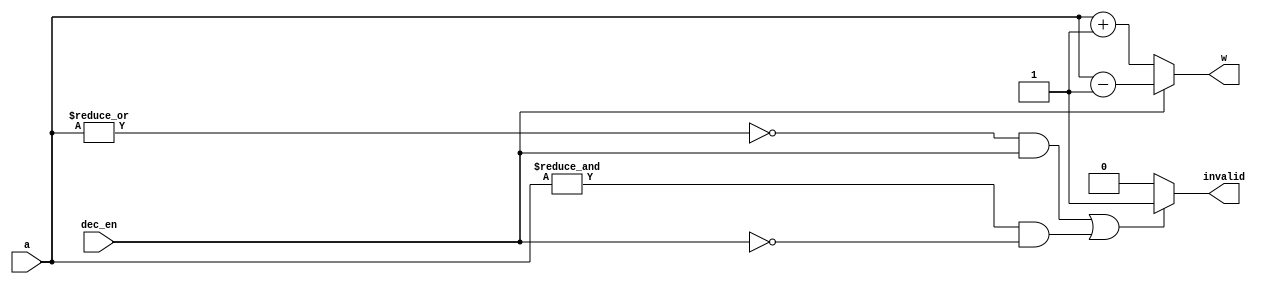
module IncrementerDecrementer(a, dec_en, w, invalid);
    parameter N = 4;
    input [N - 1:0] a;
    input dec_en;
    output reg [N - 1:0] w;

    output reg invalid;
    always @(a, dec_en) begin
        if(((~|a) && dec_en == 1'b1) || ((&a) && dec_en == 1'b0))
            invalid <= 1'b1;
        else 
            invalid <= 1'b0;
            
        w <= (dec_en) ? a - 1 : a + 1;
     end
    
endmodule